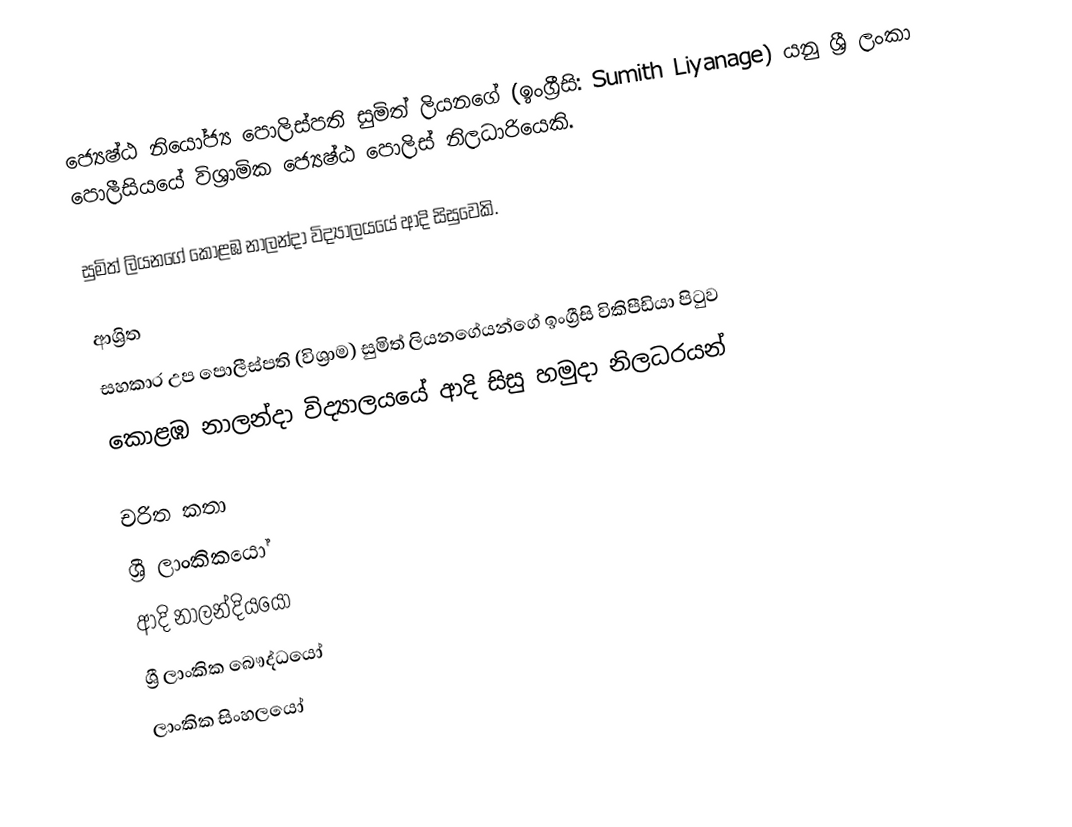
ජ්‍යෙෂ්ඨ නියෝජ්‍ය ‍පොලිස්පති  සුමිත් ලියනගේ (ඉංග්‍රීසි: Sumith Liyanage) යනු  ශ්‍රී ලංකා පොලීසියයේ විශ්‍රාමික ජ්‍යෙෂ්ඨ පොලිස් නිලධාරියෙකි.

සුමිත් ලියනගේ  කොළඹ නාලන්දා විද්‍යාලයයේ ආදි සිසුවෙකි.

ආශ්‍රිත
  සහකාර උප පොලීස්පති (විශ්‍රාම) සුමිත් ලියනගේයන්ගේ ඉංග්‍රීසි විකිපීඩියා පිටුව
 කොළඹ නාලන්දා විද්‍යාලයයේ ආදි සිසු හමුදා නිලධරයන්

චරිත කතා
ශ්‍රී ලාංකිකයෝ
ආදි නාලන්දියයෝ
ශ්‍රී ලාංකික බෞද්ධයෝ
ලාංකික සිංහලයෝ